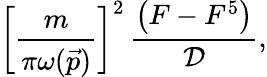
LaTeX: \left[\frac{m}{\pi\omega(\vec{p})}\right]^{2}\, \frac{\left(F-F^{5}\right)}{{\cal D}},